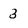
Character: 3